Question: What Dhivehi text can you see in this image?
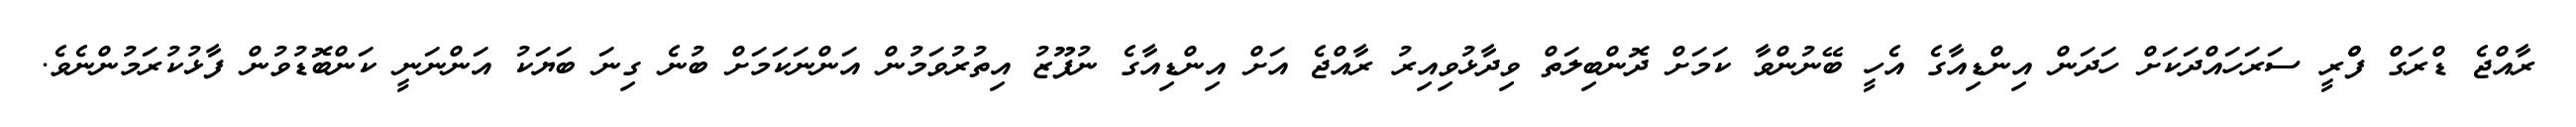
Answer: ރާއްޖެ ޑްރަގް ފްްރީ ސަރަހައްދަކަށް ހަދަން އިންޑިއާގެ އެހީ ބޭނުންވާ ކަމަށް ދޮންބިލަތް ވިދާޅުވިއިރު ރާއްޖެ އަށް އިންޑިއާގެ ނުފޫޒު އިތުރުވަމުން އަންނަކަމަށް ބުނެ ގިނަ ބަޔަކު އަންނަނީ ކަންބޮޑުވުން ފާޅުކުރަމުންނެވެ.